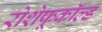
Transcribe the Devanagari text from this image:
रोशेफूकॉल्ड